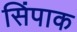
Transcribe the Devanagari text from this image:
सिंपाक